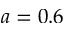
a = 0 . 6